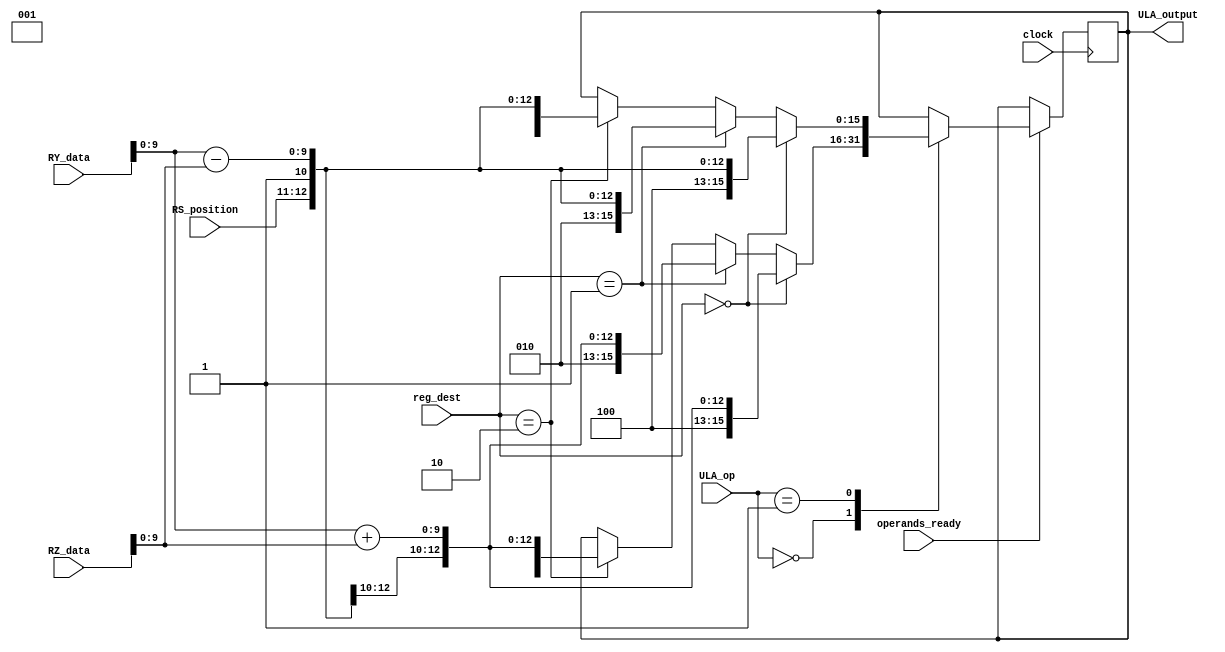
// ULA de Instrues do Tipo R
module ULA(

	input clock,

	// Operandos
   input [15:0] RY_data,
	input [15:0] RZ_data,
	
	// Registrador de Destino
	input [2:0] reg_dest,
	
	// Operao
   input [2:0] ULA_op,
	
	// Posio da instruo na RS
	input [1:0] RS_position,
	
	// Sinal que indica se os dois operandos esto prontos para a operao
	input operands_ready,
	
	// cdb[15:15] -> R0_in (Registrador Destino R0)
	// cdb[14:14] -> R1_in (Registrador Destino R1)
	// cdb[13:13] -> R2_in (Registrador Destino R2)
	// cdb[12:11] -> Posio da Instruo na RS
	// cdb[10:10] -> Indica qual ULA escreveu no cdb (1 -> ULA , 0 -> ULA_ld_sd)
	// cdb[9:0]   -> Dado
   output reg [15:0] ULA_output
	
);

reg [9:0] data;
reg ULA;

// TODO
// Adicionar contador para atrasar exec da ula

initial begin

	// Inicializando as sadas da ULA com sendo 16'b1 -> Sada Invlida
	ULA_output = 16'b1111111111111111;
	
end

always @(posedge clock) begin

	// Resetando Variveis
	data = 16'b0000000000000000;
	
	if (operands_ready) begin
		case(ULA_op)
		
			// ADD
			3'b000: begin
			
				// Calculando Dado
				data = RY_data + RZ_data;
				
				// Montando Sinal de Sada
				if (reg_dest == 3'b000 /*R0*/) begin
					ULA_output = {3'b100/*R0*/,RS_position,1'b1/*ULA*/,data};
				end
				else if (reg_dest == 3'b001 /*R1*/) begin
					ULA_output = {3'b010/*R1*/,RS_position,1'b1/*ULA*/,data};
				end
				else if (reg_dest == 3'b010 /*R2*/) begin
					ULA_output = {3'b001/*R2*/,RS_position,1'b1/*ULA*/,data};
				end
				
			end
			
			// SUB
			3'b001: begin
			
				// Calculando Dado
				data = RY_data - RZ_data;
				
				// Montando Sinal de Sada
				if (reg_dest == 3'b000 /*R0*/) begin
					ULA_output = {3'b100/*R0*/,RS_position,1'b1/*ULA*/,data};
				end
				else if (reg_dest == 3'b001 /*R1*/) begin
					ULA_output = {3'b010/*R1*/,RS_position,1'b1/*ULA*/,data};
				end
				else if (reg_dest == 3'b010 /*R2*/) begin
					ULA_output = {3'b001/*R2*/,RS_position,1'b1/*ULA*/,data};
				end
				
			end
			
		endcase
	end
end
  
endmodule